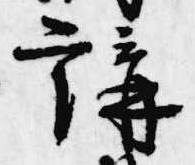
講